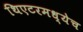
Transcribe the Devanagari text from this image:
थिएटरमध्येच